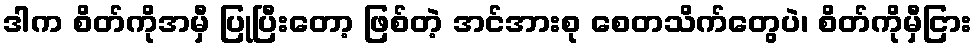
ဒါက စိတ်ကိုအမှီ ပြုပြီးတော့ ဖြစ်တဲ့ အင်အားစု စေတသိက်တွေပဲ၊ စိတ်ကိုမှီငြား